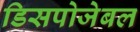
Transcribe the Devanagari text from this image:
डिसपोजेबल